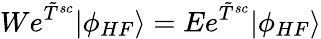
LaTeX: We^{\tilde{T}^{sc}}|\phi_{HF}\rangle=Ee^{\tilde{T}^{sc}}|\phi_{HF}\rangle